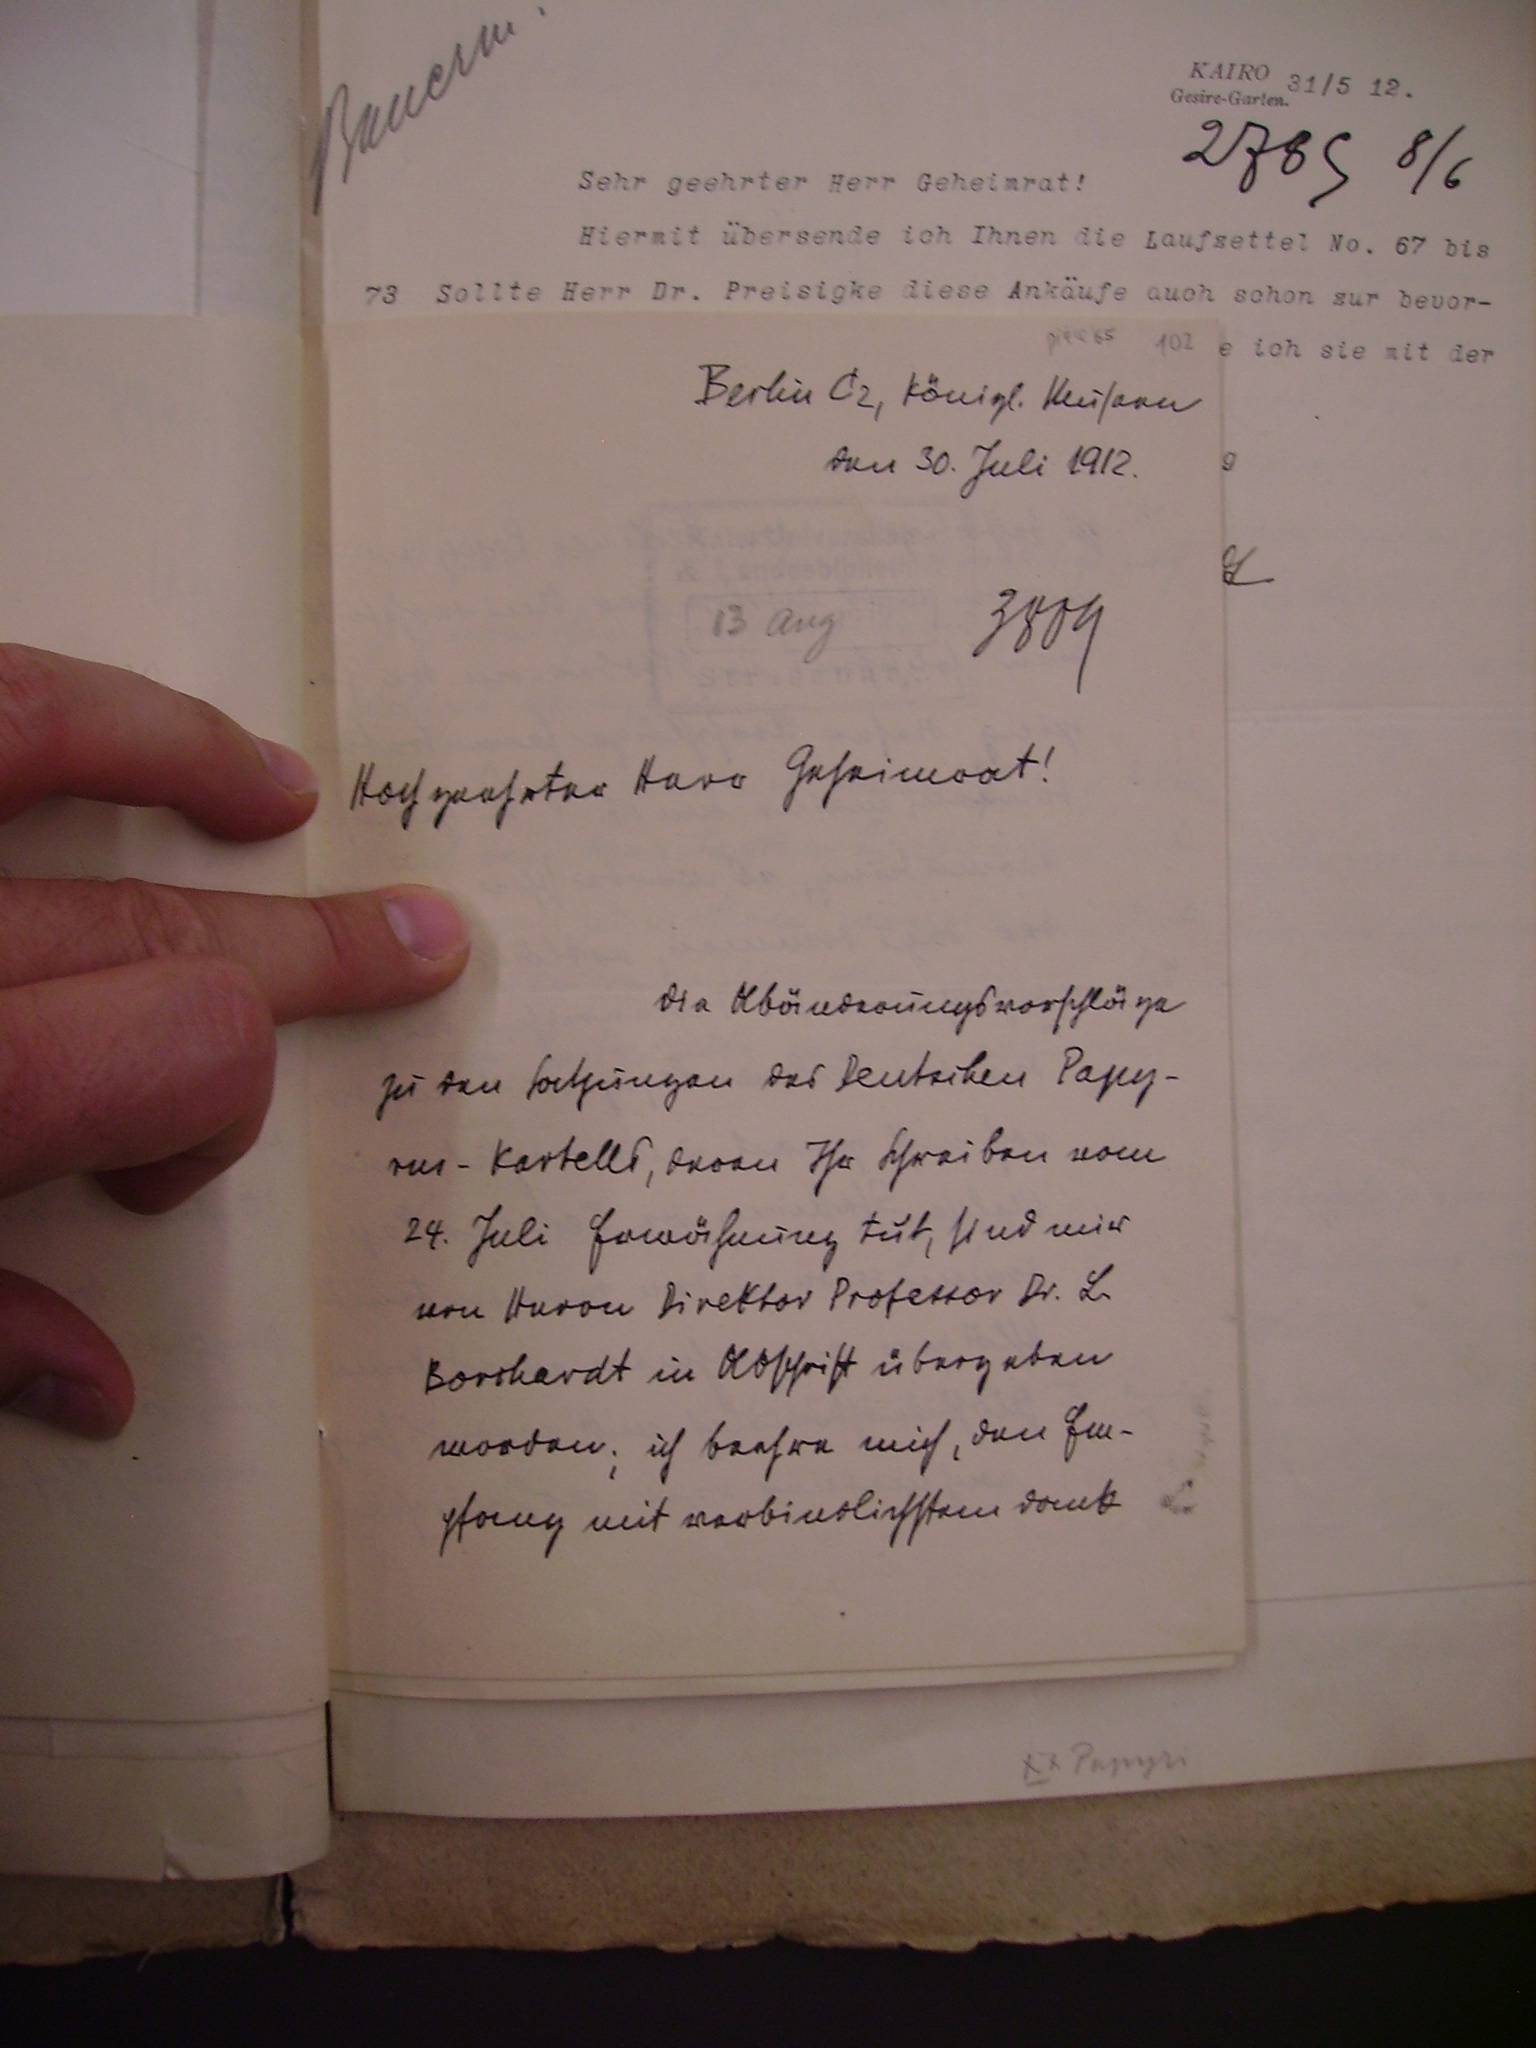
Berlin C2 Königl. Museen
Am 30. Juli 1912.

3809
Hochgeehrter Herr Geheimrat!
Die Abänderungsvorschläge
zu den Satzungen des Deutschen Papy¬
rus-Kartells, deren Ihr Schreiben vom
24. Juli Erwähnung tut, sind mir
von Herrn Direktor Professor Dr. L.
Borchardt in Abschrift übergeben
worden; ich beehre mich, den Em¬
pfang mit verbindlichstem Dank